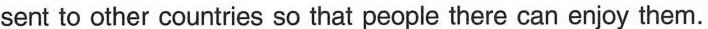
sent to other countries so that people there can enjoy them.